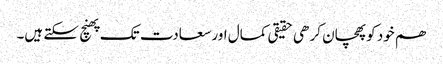
ھم خود کو پھچان کر ھی حقیقی کمال اور سعادت تک پھنچ سکتے ہیں۔